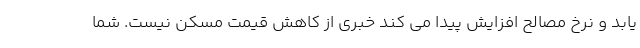
یابد و نرخ مصالح افزایش پیدا می کند خبری از کاهش قیمت مسکن نیست. شما